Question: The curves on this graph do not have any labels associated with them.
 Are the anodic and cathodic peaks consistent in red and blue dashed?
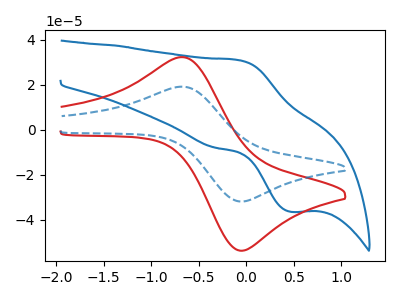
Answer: <think>The blue curve "blue" has an anodic peak at (-0.05V, 30.90uA) and a cathodic peak at (0.45V, -36.35uA). The red curve "red" has an anodic peak at (-0.65V, 32.25uA) and a cathodic peak at (-0.05V, -53.65uA). The blue dashed curve "blue dashed" has an anodic peak at (-0.65V, 19.15uA) and a cathodic peak at (-0.05V, -31.85uA).</think>
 <answer>Yes, "red" have a peak in "blue dashed" at the same potential.</answer>
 <eval>match</eval>